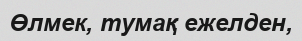
Өлмек, тумақ ежелден,